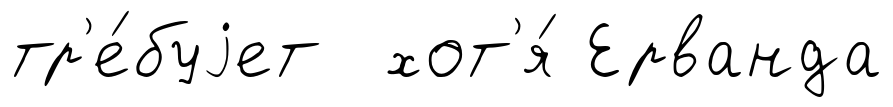
тр'е́буjет хот'я́ Ерванда